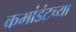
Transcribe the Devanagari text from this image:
कमांडंटच्या